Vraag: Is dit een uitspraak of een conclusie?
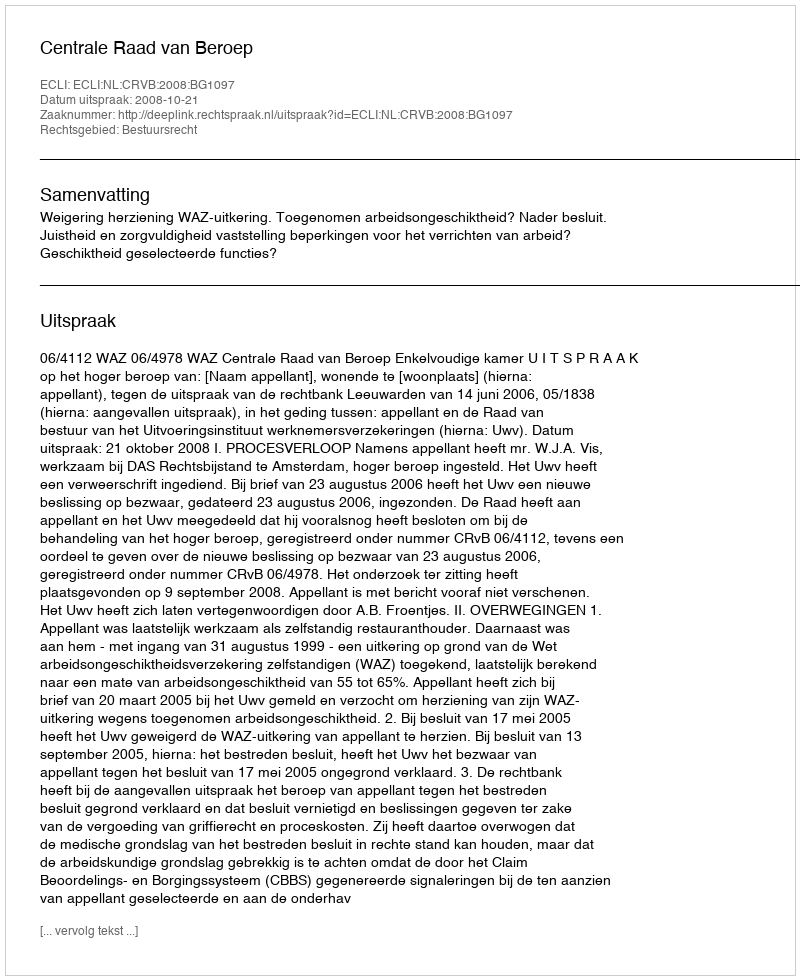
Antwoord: Uitspraak